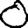
Digit: 0